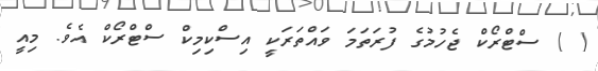
( ) ސްޓްރޯކް ޖެހުމުގެ ފުރަތަމަ ވައްތަރަކީ އިސްކިމިކް ސްޓްރޯކް އެވެ. މިއީ